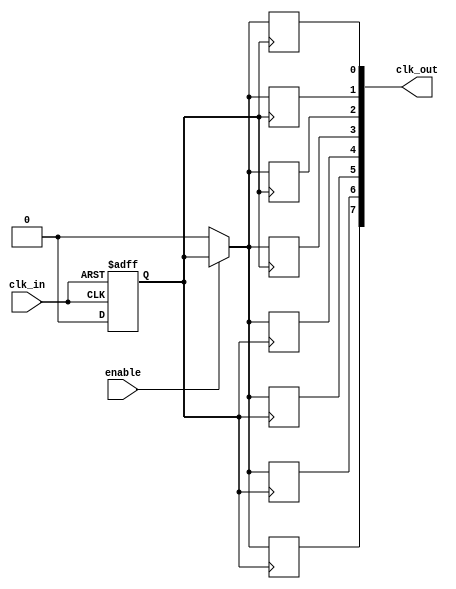
module HighFanoutClockBuffer (
    input wire clk_in,           // Clock input
    input wire enable,           // Enable signal for power management
    output wire [N-1:0] clk_out  // Array of clock outputs
);
    parameter N = 8;             // Number of outputs
    parameter DELAY = 1;         // Propagation delay for output drivers

    // Internal signal for cleaned clock
    wire clk_clean;

    // Simple Schmitt trigger-like behavior for clock cleanup
    reg clk_reg;
    always @(posedge clk_in or negedge clk_in) begin
        if (clk_in) begin
            clk_reg <= 1'b1;
        end else begin
            clk_reg <= 1'b0;
        end
    end

    assign clk_clean = clk_reg;

    // Generate multiple clock outputs with low skew
    genvar i;
    generate
        for (i = 0; i < N; i = i + 1) begin : clock_output
            // Output driver with delay
            always @(posedge clk_clean) begin
                if (enable) begin
                    #DELAY clk_out[i] <= clk_clean; // Propagate clock with delay
                end else begin
                    clk_out[i] <= 1'b0; // Disable output when not enabled
                end
            end
        end
    endgenerate

endmodule